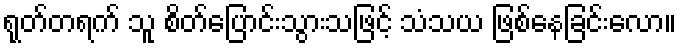
ရုတ်တရက် သူ စိတ်ပြောင်းသွားသဖြင့် သံသယ ဖြစ်နေခြင်းလော။